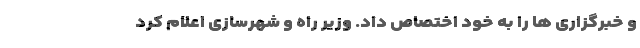
و خبرگزاری ها را به خود اختصاص داد. وزیر راه و شهرسازی اعلام کرد